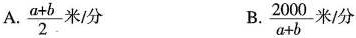
A. \frac{a+b}{2} 米/分 B. \frac{2000}{a+b}米/分